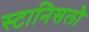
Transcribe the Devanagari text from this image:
स्टानिसलौ